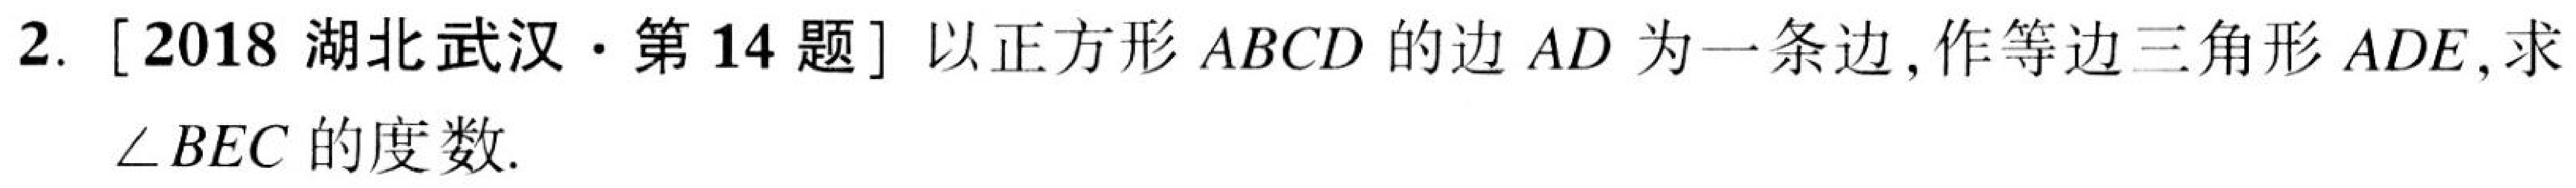
2. [2018湖北武汉·第14题] 以正方形\(ABCD\)的边\(AD\)为一条边,作等边三角形\(ADE\),求\(\angle BEC\)的度数.